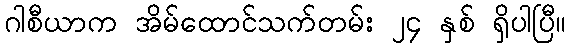
ဂါစီယာက အိမ်ထောင်သက်တမ်း ၂၄ နှစ် ရှိပါပြီ။